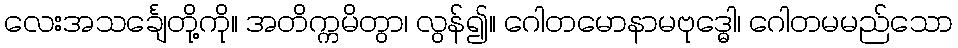
လေးအသင်္ချေတို့ကို။ အတိက္ကမိတွာ၊ လွန်၍။ ဂေါတမောနာမဗုဒ္ဓေါ၊ ဂေါတမမည်သော